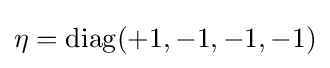
\eta =\operatorname {diag} (+1,-1,-1,-1)